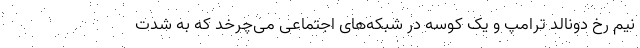
نیم رخ دونالد ترامپ و یک کوسه در شبکه‌های اجتماعی می‌چرخد که به شدت